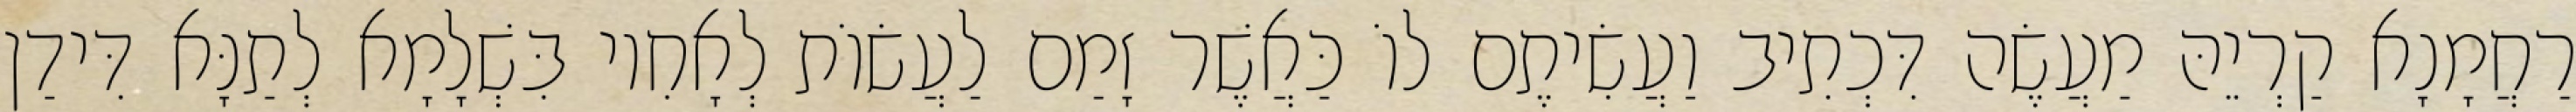
רַחֲמָנָא קַרְיֵהּ מַעֲשֶׂה דִּכְתִיב וַעֲשִׂיתֶם לוֹ כַּאֲשֶׁר זָמַם לַעֲשׂוֹת לְאָחִיו בִּשְׁלָמָא לְתַנָּא דִּידַן